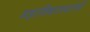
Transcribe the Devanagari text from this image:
महाविद्यालयांनी